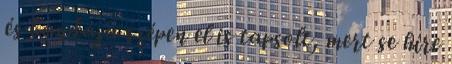
és bandája szépen el is tapsolt, mert se híre